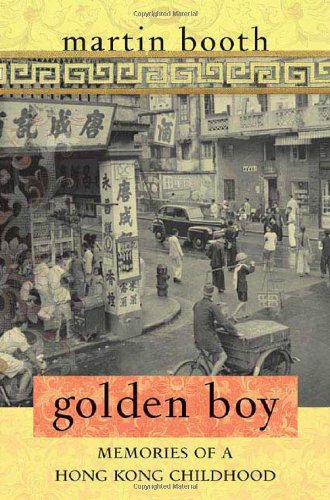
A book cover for Golden Boy: Memories of a Hong Kong Childhood; Martin Booth; Travel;